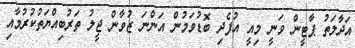
އަދާލަތު ޕާޓީން ވަނީ މިއީ އުފެދި ބޮޑުވަމުން އަންނަ ޒުވާން ޖީލު ތަރުބިއްޔަތުކުރުމާއި